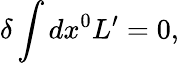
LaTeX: \delta\int dx^{0}L^{\prime}=0,